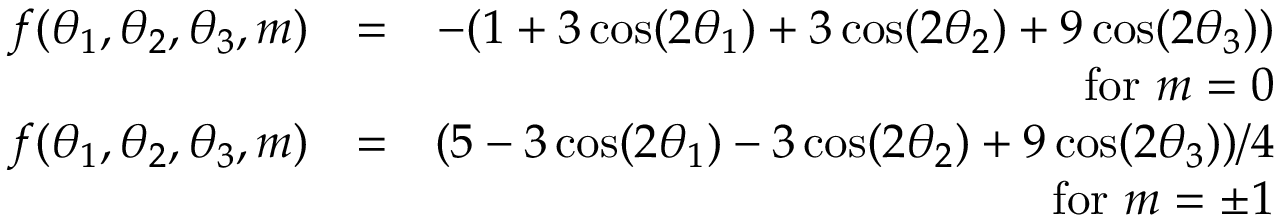
\begin{array} { r l r } { f ( \theta _ { 1 } , \theta _ { 2 } , \theta _ { 3 } , m ) } & { = } & { - ( 1 + 3 \cos ( 2 \theta _ { 1 } ) + 3 \cos ( 2 \theta _ { 2 } ) + 9 \cos ( 2 \theta _ { 3 } ) ) } \\ & { } & { \mathrm { f o r } \ m = 0 } \\ { f ( \theta _ { 1 } , \theta _ { 2 } , \theta _ { 3 } , m ) } & { = } & { ( 5 - 3 \cos ( 2 \theta _ { 1 } ) - 3 \cos ( 2 \theta _ { 2 } ) + 9 \cos ( 2 \theta _ { 3 } ) ) / 4 } \\ & { } & { \mathrm { f o r } \ m = \pm 1 } \end{array}